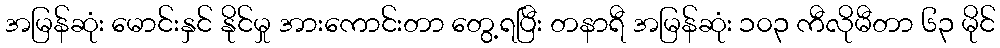
အမြန်ဆုံး မောင်းနှင် နိုင်မှု အားကောင်းတာ တွေ့ရပြီး တနာရီ အမြန်ဆုံး ၁၀၃ ကီလိုမီတာ ၆၃ မိုင်